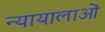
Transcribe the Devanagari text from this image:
न्यायालाओं